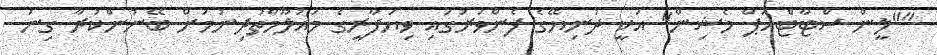
""ލީން ސްޓާޓްއަޕް މެޝިން" އަކީ ދުނިޔޭގެ ފެންވަރުގައި ވިޔަފާރީގެ މައުލޫމާތުދިނުމަށް ބޭނުންކުރާ ގިނަ